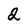
Character: 2